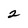
Character: 2